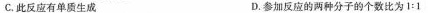
C.此反应有单质生成 D.参加反应的两种分子的个数比为$$1 ：1$$